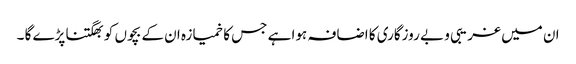
ان میں غریبی و بے روزگاری کا اضافہ ہوا ہے جس کا خمیازہ ان کے بچوں کو بھگتنا پڑے گا ۔